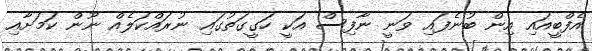
އެފްބީއައި އިން ބުނެފައި ވަނީ ނާފިސް އަކީ ހަގީގަތުގައި ނުރައްކަލެއް ނޫން ކަމަށާއި